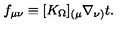
f _ { \mu \nu } \equiv [ K _ { \Omega } ] _ { ( \mu } \nabla _ { \nu ) } t .